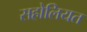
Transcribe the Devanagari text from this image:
सहोलियत